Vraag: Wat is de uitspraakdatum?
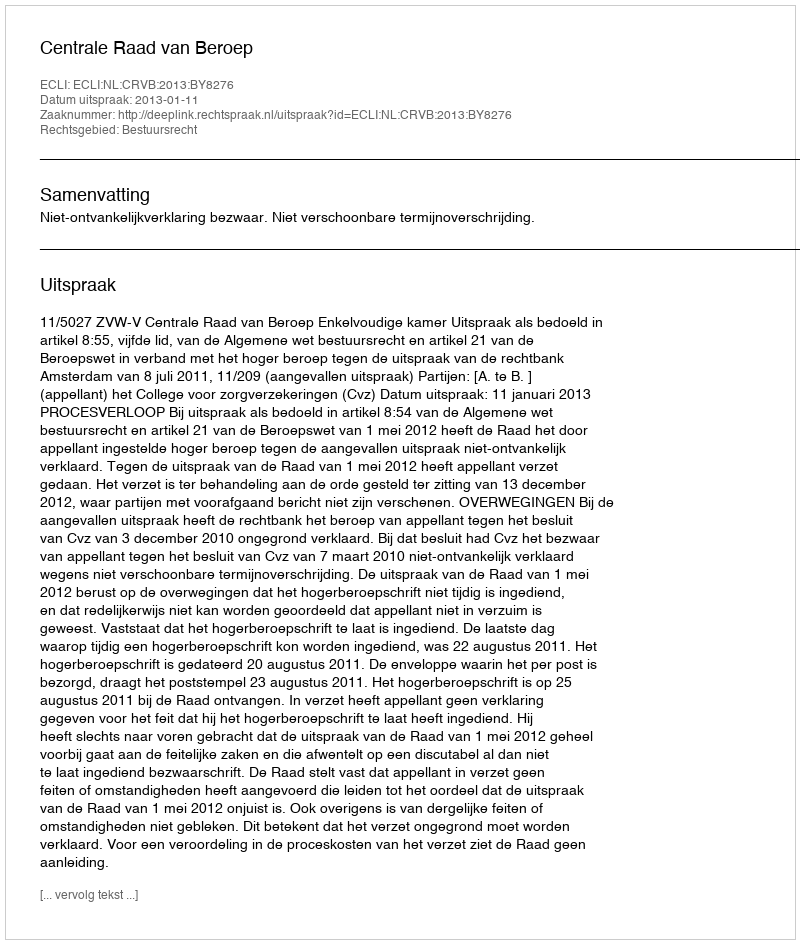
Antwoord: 2013-01-11